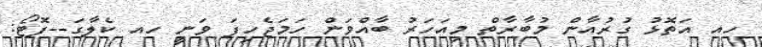
ހއ އަތޮޅު ގުރުއާން މުބާރާތް މިއަހަރު ބާއްވަން ހަމަޖެހިފަ ވަނީ ހއ ކެލާގަ--ފޮޓޯ: